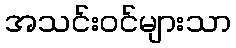
အသင်းဝင်များသာ